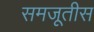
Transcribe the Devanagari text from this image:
समजूतीस